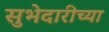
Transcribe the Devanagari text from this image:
सुभेदारीच्या